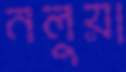
নলুয়া